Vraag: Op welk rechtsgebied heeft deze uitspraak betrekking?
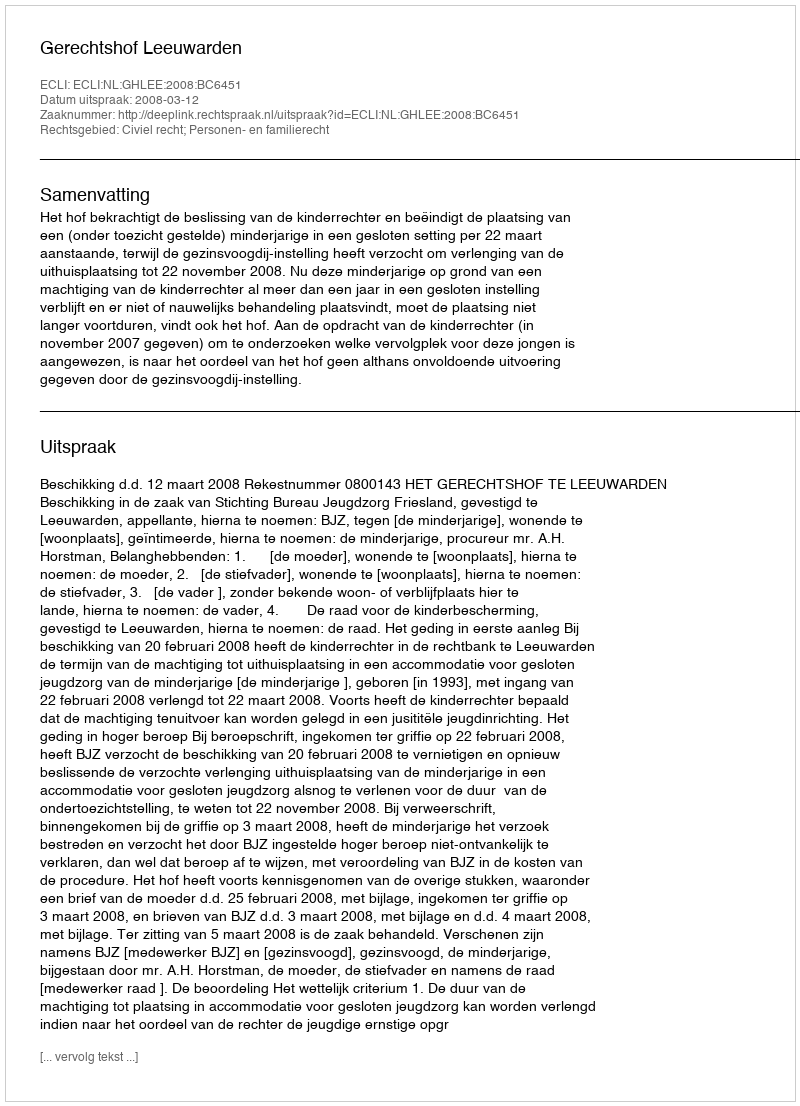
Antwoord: Civiel recht; Personen- en familierecht